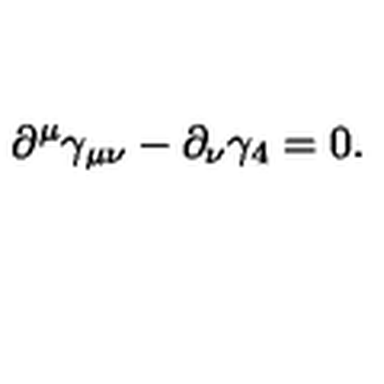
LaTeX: \partial ^ { \mu } \gamma _ { \mu \nu } - \partial _ { \nu } \gamma _ { 4 } = 0 .